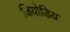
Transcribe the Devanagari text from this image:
जियोडिय